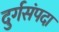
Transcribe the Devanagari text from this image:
दुर्गसंपदा